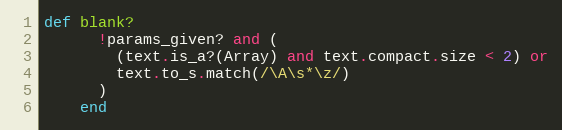
Language: Ruby
def blank?
      !params_given? and (
        (text.is_a?(Array) and text.compact.size < 2) or
        text.to_s.match(/\A\s*\z/)
      )
    end